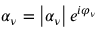
\alpha _ { \nu } = \left| \alpha _ { \nu } \right| e ^ { i \varphi _ { \nu } }